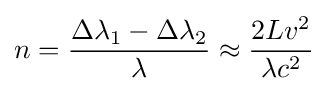
n={\frac {\Delta \lambda _{1}-\Delta \lambda _{2}}{\lambda }}\approx {\frac {2Lv^{2}}{\lambda c^{2}}}